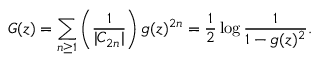
G ( z ) = \sum _ { n \geq 1 } \left( { \frac { 1 } { | C _ { 2 n } | } } \right) g ( z ) ^ { 2 n } = { \frac { 1 } { 2 } } \log { \frac { 1 } { 1 - g ( z ) ^ { 2 } } } .